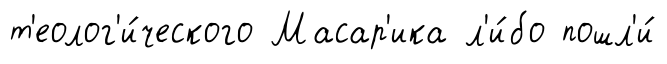
т'еолог'и́ческого Масар'ика л'и́бо пошл'и́